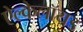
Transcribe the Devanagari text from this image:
ऐल्केलॉयड